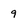
Character: 9